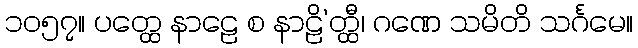
၁၀၅၇။ ပတ္ထေ နာဠေ စ နာဠိ’တ္ထီ၊ ဂဏေ သမိတိ သင်္ဂမေ။